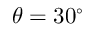
\theta = 3 0 ^ { \circ }